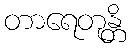
တာရေတုန္တိ